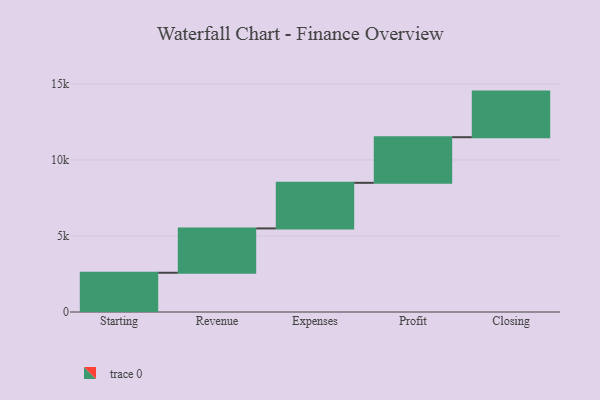
{"axis": {"x": "Step", "y": "Value"}, "legend": [""], "data": [{"x": "Starting", "y": 2582.0, "type": ""}, {"x": "Revenue", "y": 2915.0, "type": ""}, {"x": "Expenses", "y": 3000, "type": ""}, {"x": "Profit", "y": 3000, "type": ""}, {"x": "Closing", "y": 3000, "type": ""}]}